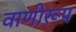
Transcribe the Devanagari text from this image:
वाणीरूप